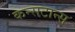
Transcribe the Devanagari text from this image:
कन्सटान्स